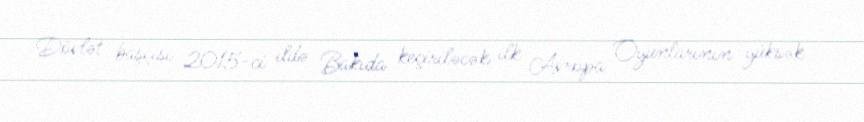
Dövlət başçısı 2015-ci ildə Bakıda keçiriləcək ilk Avropa Oyunlarının yüksək